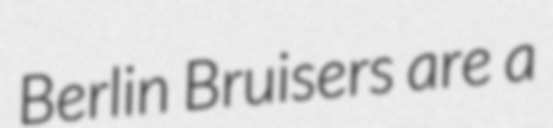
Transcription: Berlin Bruisers are a